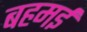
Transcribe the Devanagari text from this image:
बहमई